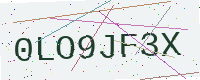
Text: 0LO9JF3X